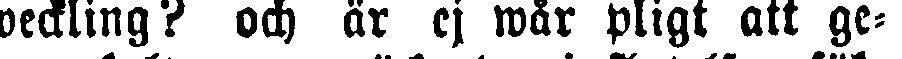
weckling? och är ej wår pligt att ge-